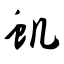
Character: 虮